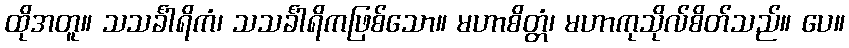
ထိုအတူ။ သသင်္ခါရိကံ၊ သသင်္ခါရိကဖြစ်သော။ မဟာစိတ္တံ၊ မဟာကုသိုလ်စိတ်သည်။ ပေ။